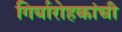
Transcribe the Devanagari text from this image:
गिर्यारोहकांची